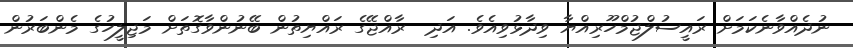
ނުދެއްވާނެކަމަށް ރައީސުލްޖުމްހޫރިއްޔާ ވިދާޅުވިއެވެ. އަދި  ރާއްޖޭގެ ރައްޔިތުން ބޭނުންވާގޮތަށް މަޖިލީހުގެ މެންބަރުން